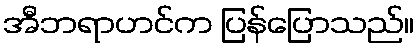
အီဘရာဟင်က ပြန်ပြောသည်။